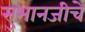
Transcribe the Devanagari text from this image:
सुभानजीचे